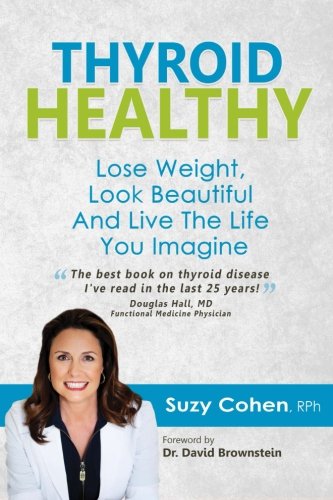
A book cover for Thyroid Healthy, Lose Weight, Look Beautiful and Live the Life You Imagine; Suzy Cohen RPh; Health, Fitness & Dieting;